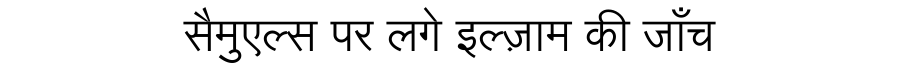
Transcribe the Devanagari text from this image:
सैमुएल्स पर लगे इल्ज़ाम की जाँच